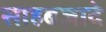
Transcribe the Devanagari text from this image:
साहबज़ादे